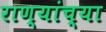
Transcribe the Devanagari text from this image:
राण्यांच्या